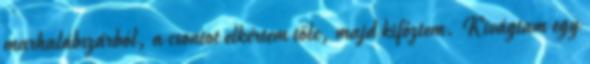
marhalábszárból, a csontot elkértem tőle, majd kifőztem. Kivágtam egy